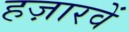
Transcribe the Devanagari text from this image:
हज़ारवें